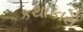
કથાકારો